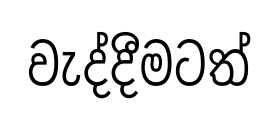
වැද්දීමටත්